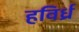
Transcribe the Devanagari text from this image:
हविर्ध्र